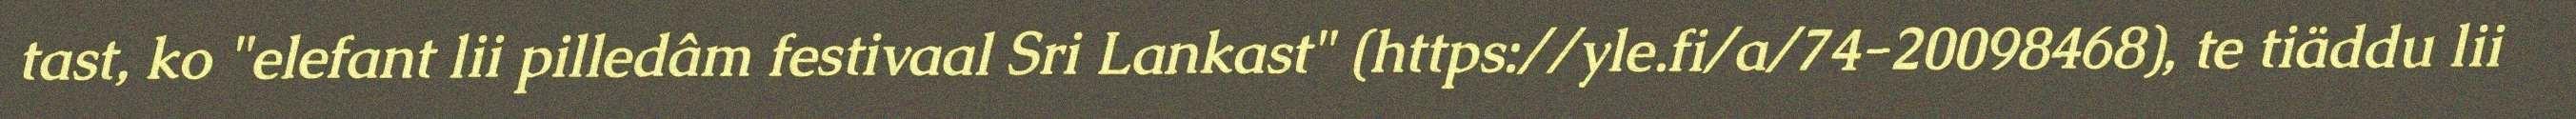
tast, ko "elefant lii pilledâm festivaal Sri Lankast" (https://yle.fi/a/74-20098468), te tiäddu lii